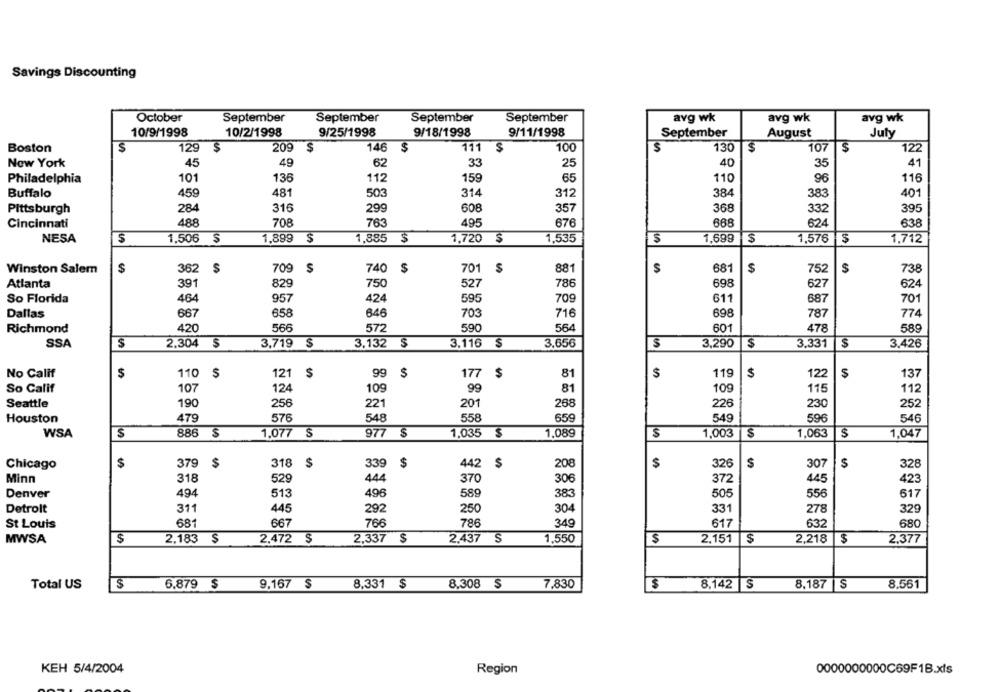
Savings Discounting
October
September
September
September
September
avg wk
avg wk
avg wk
10/9/1998
10/2/1998
9/25/1998
9/18/1998
9/11/1998
September
August
July
Boston
$
129
S
209 $
146 $
111
$
100
$
130
$
10
122
New York
45
49
62
33
25
40
35
41
Philadelphia
101
136
112
159
65
110
96
116
Buffalo
459
481
503
314
312
384
383
401
284
316
608
357
368
395
Pittsburgh
299
332
488
708
Cincinnati
763
495
676
668
638
NESA
1,506 $
1,899 $
1,885
$
1,720 $
1,535
1,699
$
1,576
1,712
Winston Salem
$
362
S
709
$
740
$
701
881
$
681
$
752
$
738
Atlanta
391
829
750
527
786
698
627
624
So Florida
464
957
424
595
709
611
687
701
Dallas
667
658
646
703
716
698
787
774
Richmond
420
566
572
590
564
601
478
589
SSA
$
2.304 $
3,719
S
3.132 $
3.116
S
3,656
$
3,290
$
3.331
S
3.426
No Calif
$
110
121
$
177
$
81
$
119
122
$
137
$
$
So Calif
107
124
99
81
109
109
115
112
Seattle
256
201
268
226
190
221
230
252
Houston
479
576
548
558
659
549
596
546
WSA
$
886
$
1,077 $
977
$
1,035
$
1,089
S
1,003
$
1,063
$
1,047
$
379
318
$
339 $
442
$
208
$
326
$
307
328
Chicago
$
318
529
444
370
372
Minn
306
445
423
Denver
494
513
496
589
383
505
556
617
Detroit
311
445
292
250
304
331
278
329
St Louis
681
667
766
786
349
617
632
680
MWSA
$
2,183 $
2.472 $
2,337 $
2.437 S
1,550
$
2.151
$
$
2.377
Total US
$
6.879 $
9.167 $
8.331 $
8.308 $
7,830
$
8,142 S
8.187 S
8.561
KEH 5/4/2004
Region
0000000000C69F1B.xls